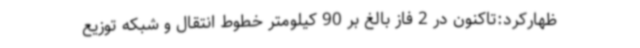
ظهارکرد:تاکنون در 2 فاز بالغ بر 90 کیلومتر خطوط انتقال و شبکه توزیع